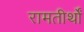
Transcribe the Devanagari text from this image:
रामतीर्थों